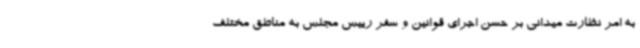
به امر نظارت میدانی بر حسن اجرای قوانین و سفر رییس مجلس به مناطق مختلف